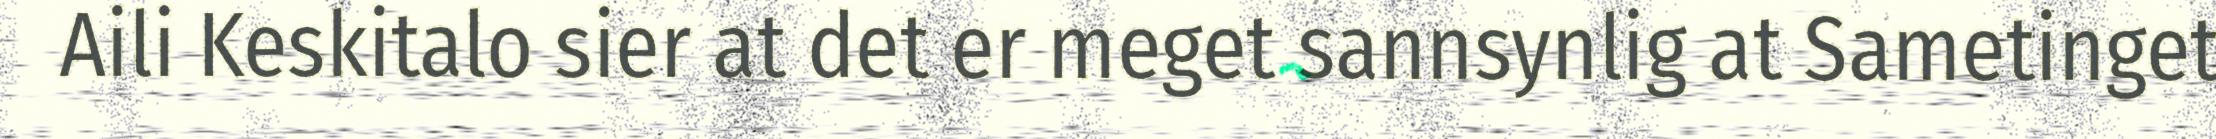
Aili Keskitalo sier at det er meget sannsynlig at Sametinget